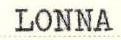
LONNA